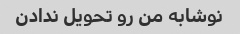
نوشابه من رو تحویل ندادن